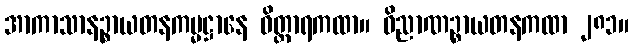
အာကာသာနဉ္စာယတနကမ္မဋ္ဌာနေ ဝိတ္ထာရကထာ။ ဝိညာဏဉ္စာယတနကထာ ၂၈၁။